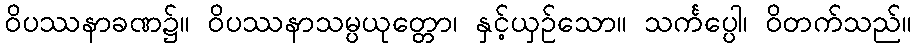
ဝိပဿနာခဏ၌။ ဝိပဿနာသမ္ပယုတ္တော၊ နှင့်ယှဉ်သော။ သင်္ကပ္ပေါ၊ ဝိတက်သည်။